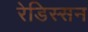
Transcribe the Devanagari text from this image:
रेडिस्सन